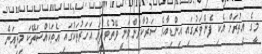
މީގެ އިތުރަށް އެކި ފެންވަރުގައި އިންޑިއާގެ ސަރުކާރުންވަނީ ވޭތުވެދިޔަ އަހަރުތަކުގައި އެތަކެއްސަތޭކަ މިލިއަން